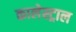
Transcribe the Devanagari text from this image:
कालेस्ट्राल